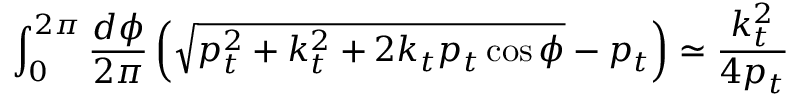
\! \! \! \! \! \! \! \! \! \! \! \! \! \int _ { 0 } ^ { 2 \pi } \frac { d \phi } { 2 \pi } \left( \sqrt { p _ { t } ^ { 2 } + k _ { t } ^ { 2 } + 2 k _ { t } p _ { t } \cos \phi } - p _ { t } \right) \simeq \frac { k _ { t } ^ { 2 } } { 4 p _ { t } }